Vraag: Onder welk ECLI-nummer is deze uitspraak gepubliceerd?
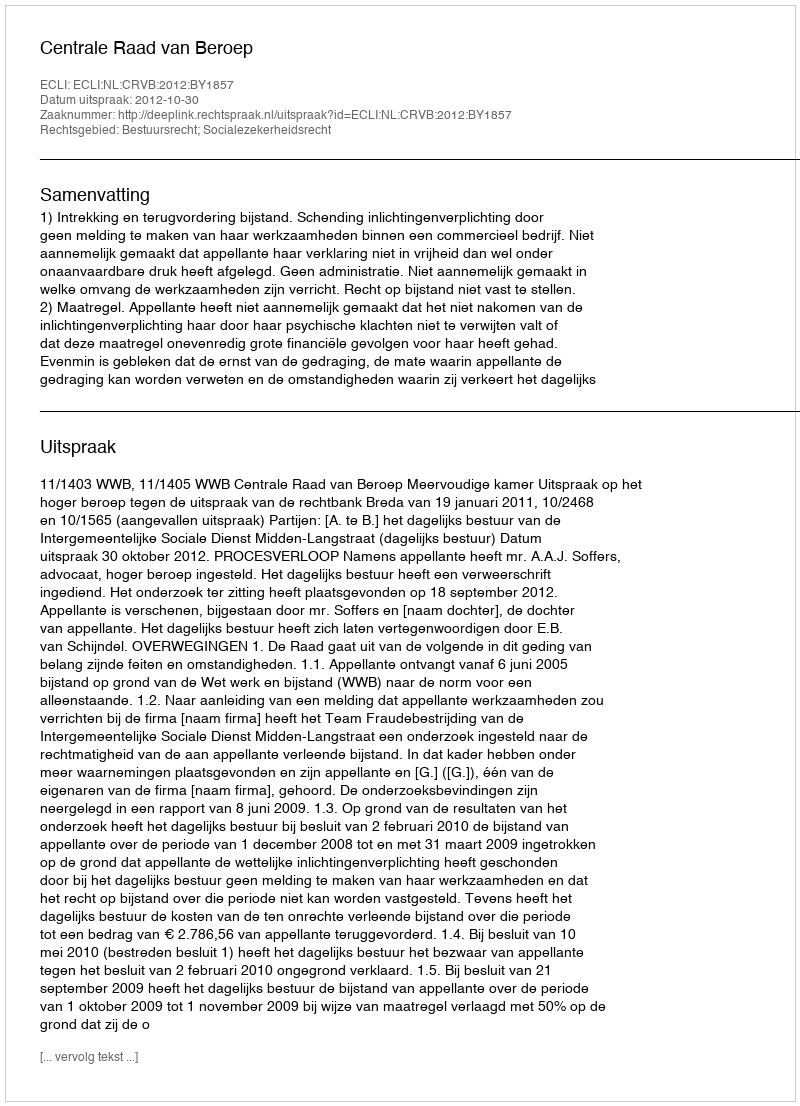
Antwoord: ECLI:NL:CRVB:2012:BY1857